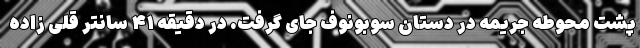
پشت محوطه جریمه در دستان سوبونوف جای گرفت. در دقیقه ۴۱ سانتر قلی زاده